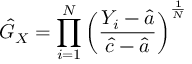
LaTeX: { \hat { G } } _ { X } = \prod _ { i = 1 } ^ { N } \left( { \frac { Y _ { i } - { \hat { a } } } { { \hat { c } } - { \hat { a } } } } \right) ^ { \frac { 1 } { N } }